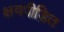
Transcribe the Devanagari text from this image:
क्षयपीड़ित